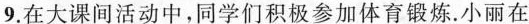
9.在大课间活动中，同学们积极参加体育锻炼. 小丽在